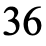
36